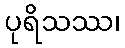
ပုရိသဿ၊